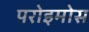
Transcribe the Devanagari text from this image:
परोइमोस